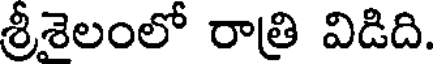
శ్రీశైలంలో రాత్రి విడిది.